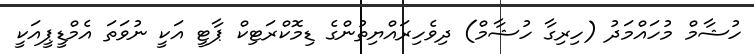
ހުޝާމް މުހައްމަދު (ހިރިގާ ހުޝާމް) ދިވެހިރައްޔިތުންގެ ޑިމޮކްރަޓިކް ޕާޓީ އަކީ ނުވަތަ އެމްޑީޕީއަކީ